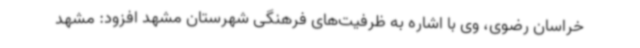
خراسان رضوی، وی با اشاره به ظرفیت‌های فرهنگی شهرستان مشهد افزود: مشهد